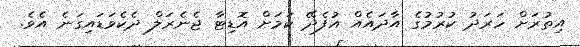
އިތުރަށް ހަރަދު ކުރުމުގެ އާދައެއް އުފެދޭ ކަމަށް އޮޑިޓާ ޖެނެރަލް ދެކެވަޑައިގަނެ އެވެ.